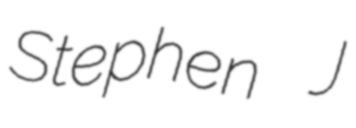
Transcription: Stephen J